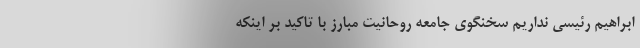
ابراهیم رئیسی نداریم سخنگوی جامعه روحانیت مبارز با تاکید بر اینکه